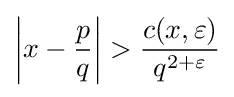
\left|x-{\frac {p}{q}}\right|>{\frac {c(x,\varepsilon )}{q^{2+\varepsilon }}}